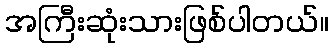
အကြီးဆုံးသားဖြစ်ပါတယ်။